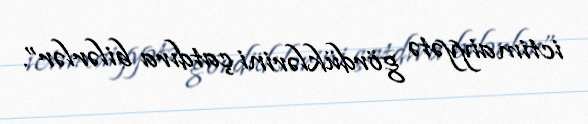
ictimaiyyətə gördüklərini çatdıra bilərlər”.